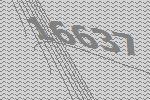
16637